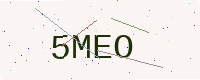
Text: 5MEO